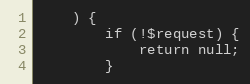
Language: PHP
    ) {
        if (!$request) {
            return null;
        }